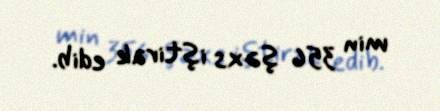
min 356 şəxs iştirak edib.